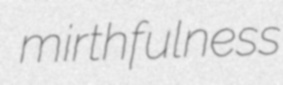
mirthfulness